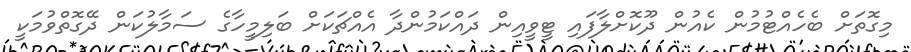
މިގޮތަށް ބެހެއްޓުމުން ކެއުން ދޫކޮށްލާފައި ޓީވީއިން ދައްކަމުންދާ އެއްޗަކަށް ބަލިމީހާގެ ސަމާލުކަން ދޭގޮތްވުމަކީ